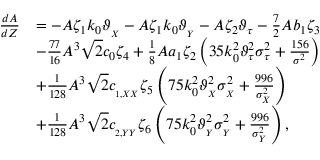
\begin{array} { r l } { \frac { d A } { d Z } } & { = - A \zeta _ { 1 } k _ { 0 } \vartheta _ { _ { X } } - A \zeta _ { 1 } k _ { 0 } \vartheta _ { _ { Y } } - A \zeta _ { 2 } \vartheta _ { \tau } - \frac { 7 } { 2 } A b _ { 1 } \zeta _ { 3 } } \\ & { - \frac { 7 7 } { 1 6 } A ^ { 3 } \sqrt { 2 } c _ { 0 } \zeta _ { 4 } + \frac { 1 } { 8 } A a _ { 1 } \zeta _ { 2 } \left( 3 5 k _ { 0 } ^ { 2 } \vartheta _ { \tau } ^ { 2 } \sigma _ { \tau } ^ { 2 } + \frac { 1 5 6 } { \sigma ^ { 2 } } \right) } \\ & { + \frac { 1 } { 1 2 8 } A ^ { 3 } \sqrt { 2 } c _ { _ { 1 , X X } } \zeta _ { 5 } \left( 7 5 k _ { 0 } ^ { 2 } \vartheta _ { _ { X } } ^ { 2 } \sigma _ { _ X } ^ { 2 } + \frac { 9 9 6 } { \sigma _ { _ X } ^ { 2 } } \right) } \\ & { + \frac { 1 } { 1 2 8 } A ^ { 3 } \sqrt { 2 } c _ { _ { 2 , Y Y } } \zeta _ { 6 } \left( 7 5 k _ { 0 } ^ { 2 } \vartheta _ { _ { Y } } ^ { 2 } \sigma _ { _ Y } ^ { 2 } + \frac { 9 9 6 } { \sigma _ { _ Y } ^ { 2 } } \right) , } \end{array}